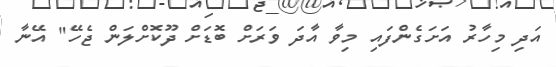
އަދި މިހާރު އަށަގެންފައި މިވާ އާދަ ވަރަށް ބޮޑަށް ދޫކޮށްލަން ޖެހޭ" އޭނާ